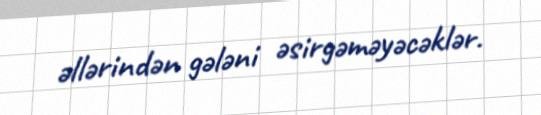
əllərindən gələni əsirgəməyəcəklər.